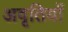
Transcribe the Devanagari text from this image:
अवृतियों